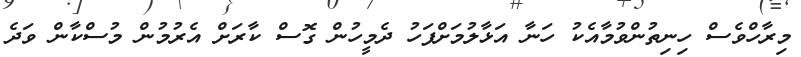
މިރާހްވެސް ހިނިތުންވުމާއެކު ހަނާ އަޅާލުމަށްފަހު ދެމީހުން ގޮސް ކާރަށް އެރުމުން މުސްކާން ވަދެ